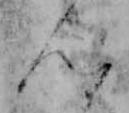
ん